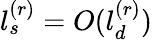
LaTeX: l_{s}^{(r)}=O(l_{d}^{(r)})